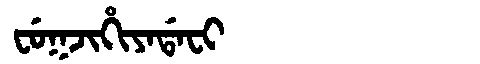
Manchu: ᠸᡠᡴᠵᡳᡥᡳᠶᠠᡩᠠᠸᡳ
Romanization: FUKJIHIYADAFI